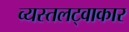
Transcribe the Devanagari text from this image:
व्यस्तलट्वाकार